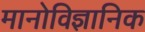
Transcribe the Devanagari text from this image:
मानोविज्ञानिक